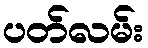
ပတ်လမ်း